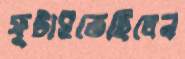
ফুটাইতেছিলেন